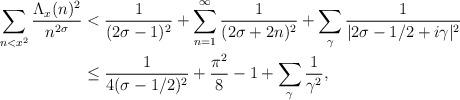
LaTeX: \begin{align*} \sum_{n<x^2} \frac{\Lambda_x(n)^2}{n^{2\sigma}} &< \frac{1}{(2\sigma-1)^2} + \sum_{n=1}^\infty \frac{1}{(2\sigma+2n)^2} + \sum_\gamma \frac{1}{|2\sigma-1/2+i\gamma|^2} \\ &\leq \frac{1}{4(\sigma-1/2)^2} + \frac{\pi^2}{8} - 1 + \sum_\gamma \frac{1}{\gamma^2},\end{align*}